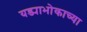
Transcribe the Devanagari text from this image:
यड्याभोकाच्या